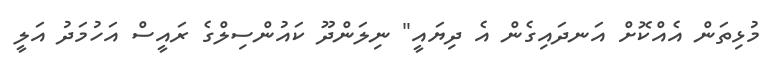
މުޅިތަން އެއްކޮށް އަނދައިގެން އެ ދިޔައީ" ނިލަންދޫ ކައުންސިލްގެ ރައީސް އަހުމަދު އަލީ